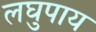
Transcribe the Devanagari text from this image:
लघुपाय